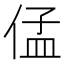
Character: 𱎺